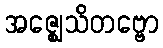
အဇ္ဈေသိတဗ္ဗော